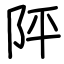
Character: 𨸶